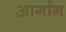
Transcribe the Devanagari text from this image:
आर्गान